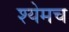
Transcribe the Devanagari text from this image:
श्येमच